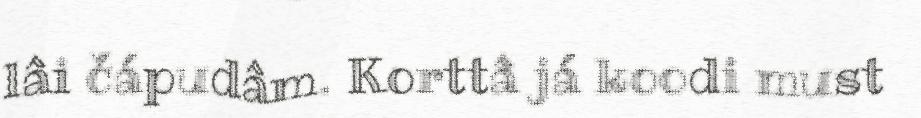
lâi čápudâm. Korttâ já koodi must